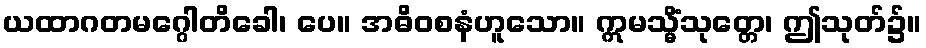
ယထာဂတမဂ္ဂေါတိခေါ၊ ပေ။ အဓိဝစနံဟူသော။ ဣမသ္မိံသုတ္တေ၊ ဤသုတ်၌။